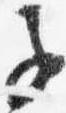
子